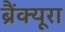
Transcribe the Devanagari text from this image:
ब्रैंक्यूरा